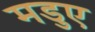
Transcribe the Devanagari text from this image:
मडुए